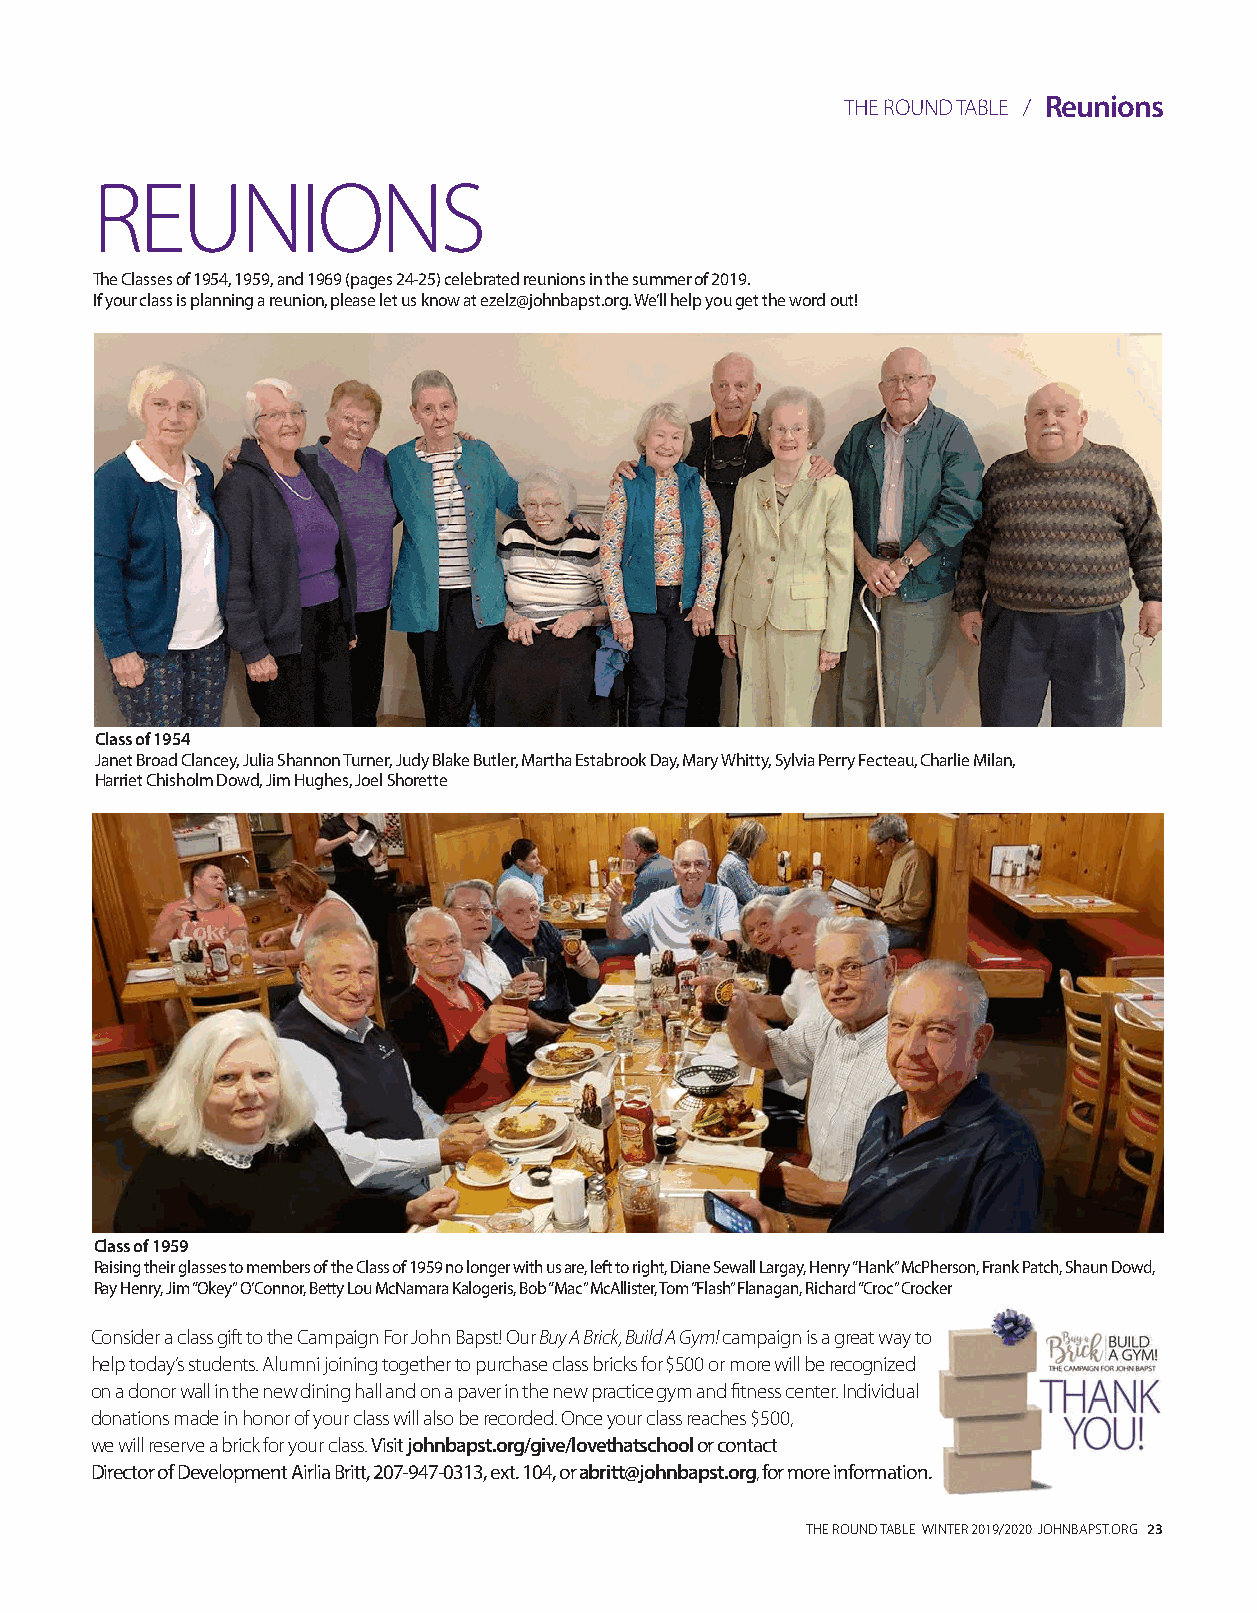
THE ROUND TABLE / Reunions
 REUNIONS
 The Classes of 1954, 1959, and 1969 (pages 24-25) celebrated reunions in the summer of 2019.
 If your class is planning a reunion, please let us know at ezelz@johnbapst.org. We’ll help you get the word out!
 Class of 1954
 Janet Broad Clancey, Julia Shannon Turner, Judy Blake Butler, Martha Estabrook Day, Mary Whitty, Sylvia Perry Fecteau, Charlie Milan,
 Harriet Chisholm Dowd, Jim Hughes, Joel Shorette
 Class of 1959
 Raising their glasses to members of the Class of 1959 no longer with us are, left to right, Diane Sewall Largay, Henry “Hank” McPherson, Frank Patch, Shaun Dowd,
 Ray Henry, Jim “Okey” O’Connor, Betty Lou McNamara Kalogeris, Bob “Mac” McAllister, Tom “Flash” Flanagan, Richard “Croc” Crocker
 Consider a class gift to the Campaign For John Bapst! Our Buy A Brick, Build A Gym! campaign is a great way to
 help today’s students. Alumni joining together to purchase class bricks for $500 or more will be recognized
 on a donor wall in the new dining hall and on a paver in the new practice gym and fitness center. Individual
 donations made in honor of your class will also be recorded. Once your class reaches $500,
 we will reserve a brick for your class. Visit johnbapst.org/give/lovethatschool or contact
 Director of Development Airlia Britt, 207-947-0313, ext. 104, or abritt@johnbapst.org, for more information.
 THE ROUND TABLE WINTER 2019/2020 JOHNBAPST.ORG 23